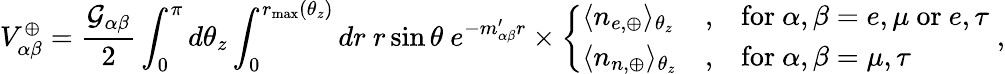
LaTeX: V_{\alpha\beta}^{\oplus}=\frac{\mathcal{G}_{\alpha\beta}}{2}\int_{0}^{\pi}d\theta_{z}\int_{0}^{r_{\operatorname*{max}}(\theta_{z})}dr~r\sin\theta~e^{-m_{\alpha\beta}^{\prime}r}\times\left\{ \begin{array}{lll}{\langle n_{e,\oplus}\rangle_{\theta_{z}}}&{,}&{\mathrm{for}~\alpha,\beta=e,\mu~\mathrm{or}~e,\tau}\\ {\langle n_{n,\oplus}\rangle_{\theta_{z}}}&{,}&{\mathrm{for}~\alpha,\beta=\mu,\tau}\end{array}\right.\; ,